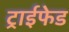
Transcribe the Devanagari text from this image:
ट्राईफेड